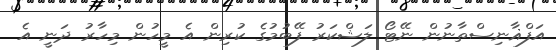
އަފްޣާނިސްތާނުން ނޭޓޯ ލަޝްކަރު ފޭބުމުގެ ކުރިން އެ މީހުން މިހާރު ދަނީ އެ